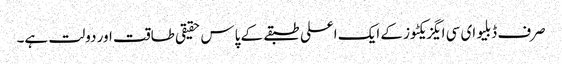
صرف ڈبلیو ای سی ایگزیکٹوز کے ایک اعلی طبقے کے پاس حقیقی طاقت اور دولت ہے۔